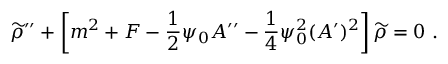
{ \widetilde \rho } ^ { \prime \prime } + \left[ m ^ { 2 } + F - { \frac { 1 } { 2 } } \psi _ { 0 } A ^ { \prime \prime } - { \frac { 1 } { 4 } } \psi _ { 0 } ^ { 2 } ( A ^ { \prime } ) ^ { 2 } \right] { \widetilde \rho } = 0 ~ .